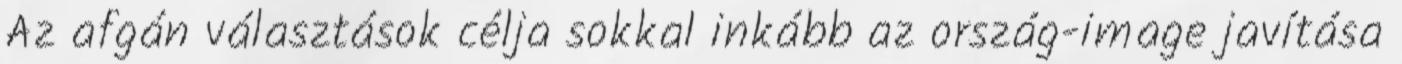
Az afgán választások célja sokkal inkább az ország-image javítása